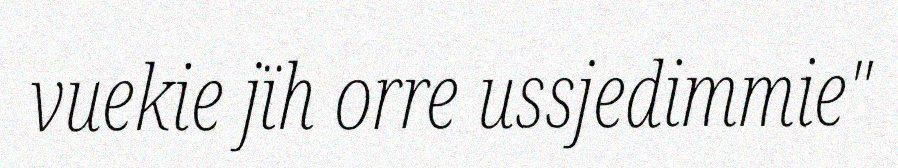
vuekie jïh orre ussjedimmie"